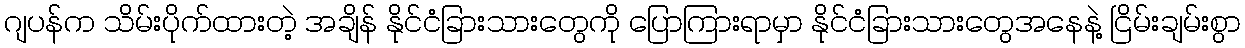
ဂျပန်က သိမ်းပိုက်ထားတဲ့ အချိန် နိုင်ငံခြားသားတွေကို ပြောကြားရာမှာ နိုင်ငံခြားသားတွေအနေနဲ့ ငြိမ်းချမ်းစွာ